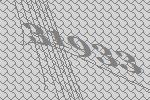
31933